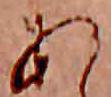
あ